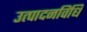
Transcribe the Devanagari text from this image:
उत्पादनविधि